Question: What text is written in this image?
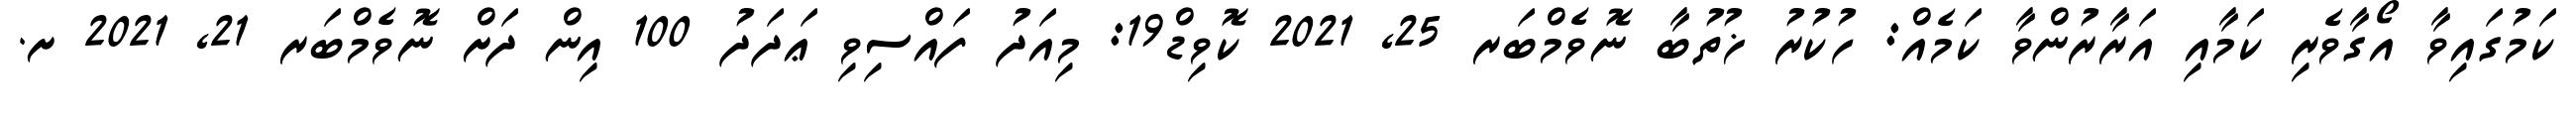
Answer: ކަމުގައިވާ އޯގާވެރި ކަމާއި އަރާރުންވާ ކަމެއް: ހުކުރު ޚުތުބާ ނޮވެމްބަރ 25, 2021 ކޮވިޑް19: މިއަދު ފައްސިވި ޢަދަދު 100 އިން ދަށް ނޮވެމްބަރ 21, 2021 ށ.